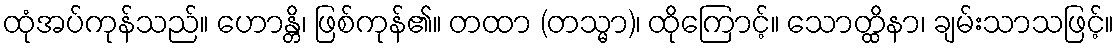
ထုံအပ်ကုန်သည်။ ဟောန္တိ၊ ဖြစ်ကုန်၏။ တထာ (တသ္မာ)၊ ထိုကြောင့်။ သောတ္ထိနာ၊ ချမ်းသာသဖြင့်။